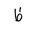
Letter: _za